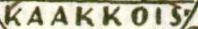
KAAKKOIS-